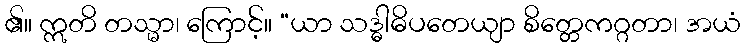
၏။ ဣတိ တသ္မာ၊ ကြောင့်။ “ယာ သဒ္ဓါဓိပတေယျာ စိတ္တေကဂ္ဂတာ၊ အယံ